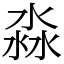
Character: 淼